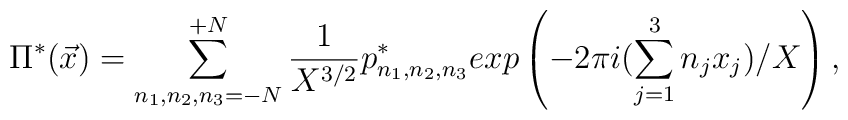
\Pi^{*}({\vec x}) = \sum_{n_1,n_2,n_3=-N}^{+N} \frac{1}{X^{3/2}}p^*_{n_1,n_2,n_3}exp\left(-2\pi i (\sum_{j=1}^{3} n_j x_j)/X \right),